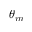
\theta _ { m }